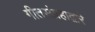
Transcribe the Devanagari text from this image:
गीतसंग्रहाद्वारे